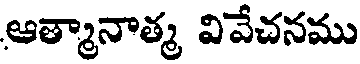
ఆత్మానాత్మ వివేచనము